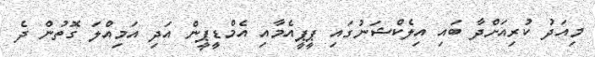
މިއަދު ކުރިއަށްދާ ބައި އިލެކްޝަނުގައި ޕީޕީއެމާއި އެމްޑީޕީން އަދި އަމިއްލަ ގޮތުން ދެ